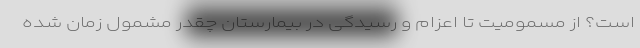
است؟ از مسمومیت تا اعزام و رسیدگی در بیمارستان چقدر مشمول زمان شده